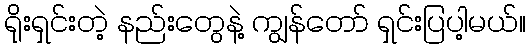
ရိုးရှင်းတဲ့ နည်းတွေနဲ့ ကျွန်တော် ရှင်းပြပါ့မယ်။